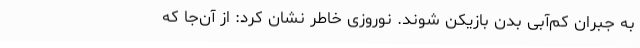
به جبران کم‌آبی بدن بازیکن شوند. نوروزی خاطر نشان کرد: از آن‌جا که